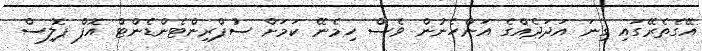
އޭގެެތެރޭގައި ގިނަ އަދަދެއްގެ އަންހެނުން ވެސް ހިމެނޭ ކަމަށް ސުޕްރިންޓެންޑެންޓް އޮފް ޕޮލިސް